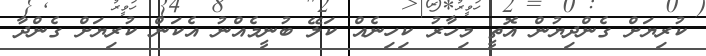
ކުރިޔަށް ގެންދިޔުން އޮތީ މިހާރު ކިހިނެއް ކަލޭ ބުނީމެއްނު އެކަން ކުރިޔަށް ގެންދާ